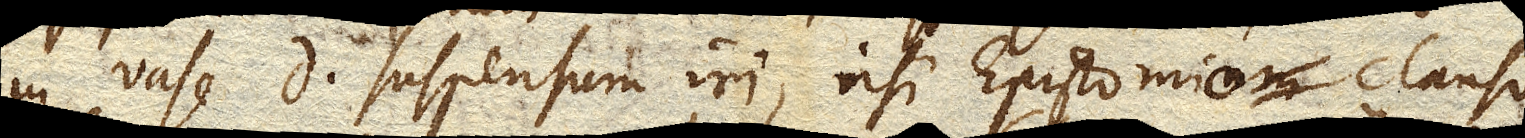
in vase D suspensum iri, nisi Epistomio clauso